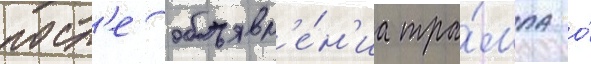
посл'е объявл'е́н'иа тра́мпа о́